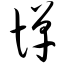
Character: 惮